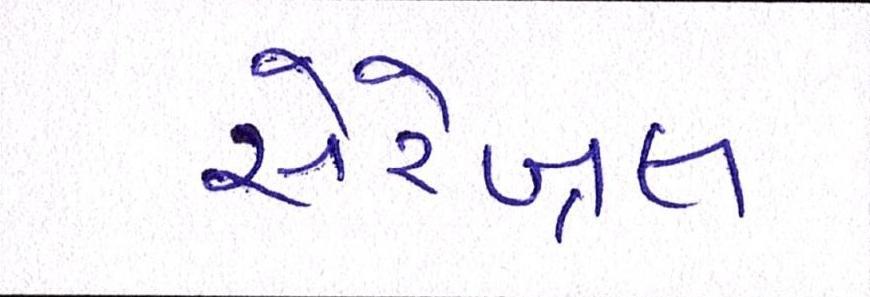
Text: સેરેબ્રલ